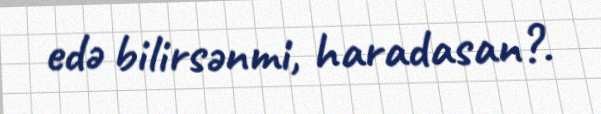
edə bilirsənmi, haradasan?.